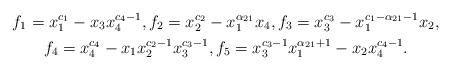
LaTeX: \begin{gather*}f_1= x_1^{c_1}- x_3x_4^{c_4-1}, f_2=x_2^{c_2}- x_1^{\alpha_{21}}x_4, f_3=x_3^{c_3}-x_1^{c_1-\alpha_{21}-1}x_2,\\f_4=x_4^{c_4}- x_1 x_2^{c_2-1}x_3^{c_3-1}, f_5=x_3^{c_3-1}x_1^{\alpha_{21}+1}-x_2 x_4^{c_4-1}.\end{gather*}